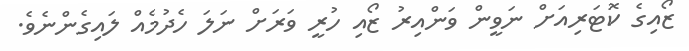
ޒޯއިގެ ކޮޓަރިއަށް ނަވީން ވަންއިރު ޒޯއި ހުރީ ވަރަށް ނަލަ ހެދުމެއް ލައިގެންނެވެ.